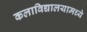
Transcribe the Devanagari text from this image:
कलाविद्यालयामध्ये